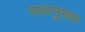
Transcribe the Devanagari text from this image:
भावानुरूप